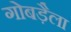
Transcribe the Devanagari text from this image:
गोबड़ैला